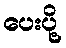
ပေးပို့